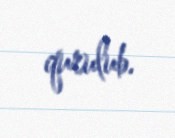
qurulub.